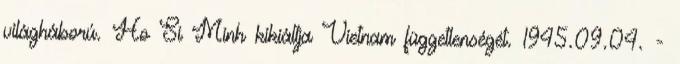
világháború. Ho Si Minh kikiáltja Vietnam függetlenségét. 1945.09.04. -